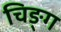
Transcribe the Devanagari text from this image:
चिङ्ग